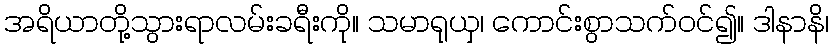
အရိယာတို့သွားရာလမ်းခရီးကို။ သမာရုယှ၊ ကောင်းစွာသက်ဝင်၍။ ဒါနာနိ၊